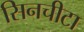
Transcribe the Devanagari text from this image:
सिनचीटा